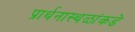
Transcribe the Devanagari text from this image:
प्रार्थनास्थळांकडे